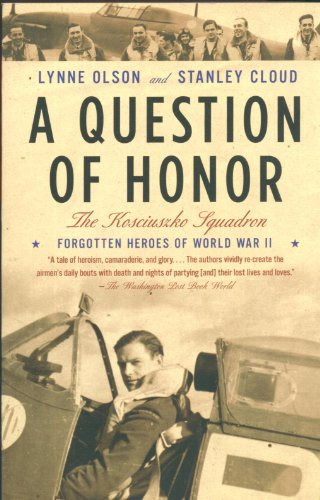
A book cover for A Question of Honor: The Kosciuszko Squadron: Forgotten Heroes of World War II; Lynne Olson; History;